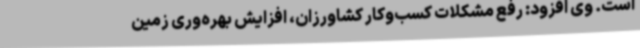
است. وی افزود: رفع مشکلات کسب‌وکار کشاورزان، افزایش بهره‌وری زمین